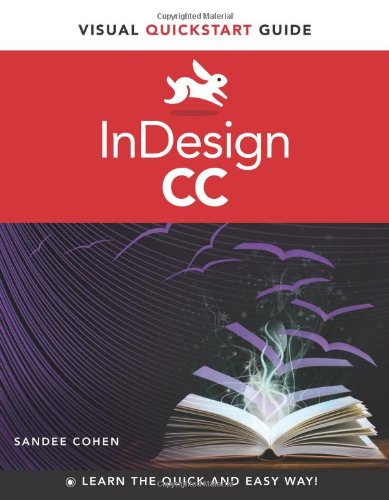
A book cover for InDesign CC: Visual QuickStart Guide; Sandee Cohen; Computers & Technology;